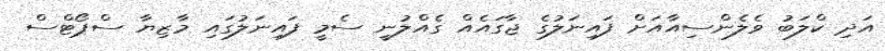
އަދި ކްލަބު ވެލެންސިއާއަށް ފައިނަލުގެ ޖާގައެއް ގެއްލުނީ ސެމީ ފައިނަލުގައި މާޒިޔާ ސްޕޯޓްސް